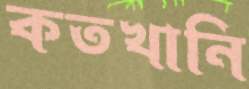
কতখানি